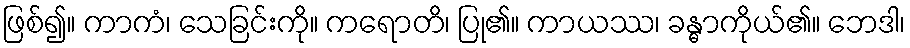
ဖြစ်၍။ ကာကံ၊ သေခြင်းကို။ ကရောတိ၊ ပြု၏။ ကာယဿ၊ ခန္ဓာကိုယ်၏။ ဘေဒါ၊